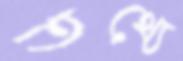
তথ্যে